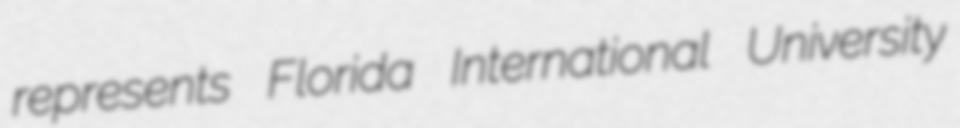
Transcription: represents Florida International University